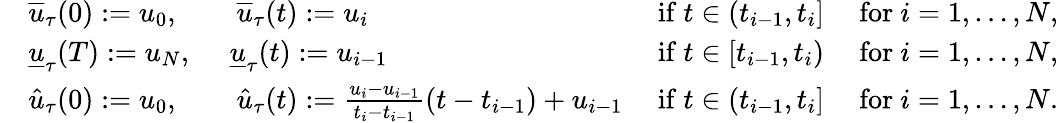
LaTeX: \begin{array}{rlr}&{\overline{{u}}_{\tau}(0):=u_{0},\quad\quad\overline{{u}}_{\tau}(t):=u_{i}}&{\mathrm{~if~}t\in(t_{i-1},t_{i}]\quad\mathrm{~for~}i=1,\dots,N,}\\ &{\underline{{u}}_{\tau}(T):=u_{N},\quad\; \underline{{u}}_{\tau}(t):=u_{i-1}}&{\mathrm{~if~}t\in[t_{i-1},t_{i})\quad\mathrm{~for~}i=1,\dots,N,}\\ &{\hat{u}_{\tau}(0):=u_{0},\quad\quad\hat{u}_{\tau}(t):=\frac{u_{i}-u_{i-1}}{t_{i}-t_{i-1}}(t-t_{i-1})+u_{i-1}}&{\mathrm{~if~}t\in(t_{i-1},t_{i}]\quad\mathrm{~for~}i=1,\dots,N.}\end{array}